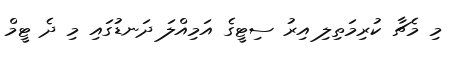
މި މެޗާ ކުރިމަތިލި އިރު ސިޓީގެ އަމިއްލަ ދަނޑުގައި މި ދެ ޓީމް